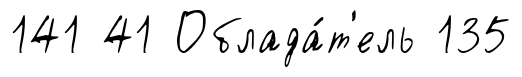
141 41 Облада́т'ель 135